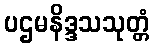
ပဌမနိဒ္ဒသသုတ္တံ